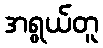
အရွယ်တူ